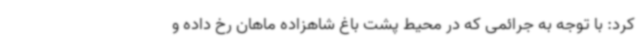
کرد: با توجه به جرائمی که در محیط پشت باغ شاهزاده ماهان رخ داده و